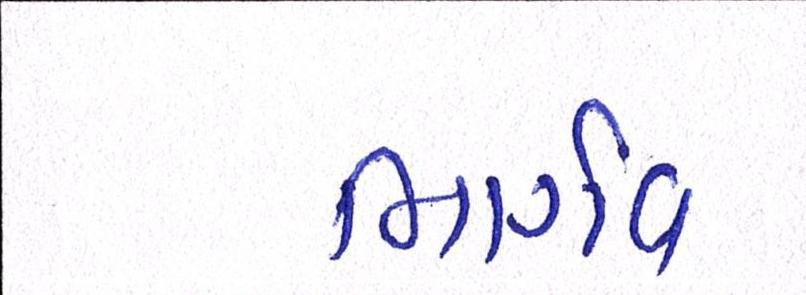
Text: ભાર્ગવ